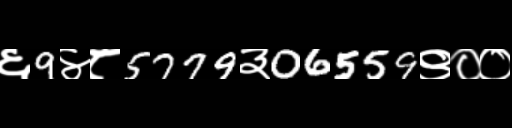
Text: ६9४८5779३06559९००